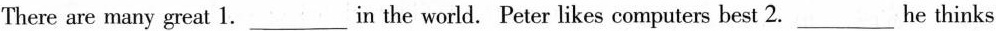
There are many great 1.___ in the world. Peter likes computers best 2.___he thinks